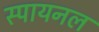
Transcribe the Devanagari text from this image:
स्पायनल